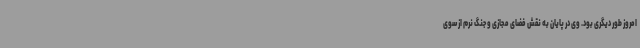
امروز طور دیگری بود. وی در پایان به نقش فضای مجازی و جنگ نرم از سوی